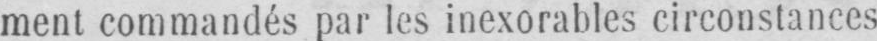
ment commandés par les inexorables circonstances